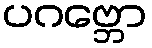
ပဂဗ္ဘော